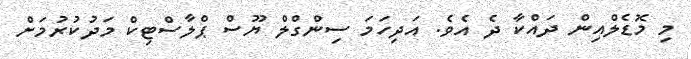
މި މޮޑެލްއިން ދައްކާ ދެ އެވެ. އަދިހަމަ ސިންގްލް ޔޫސް ޕްލާސްޓިކް މަދުކުރުމަށް